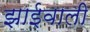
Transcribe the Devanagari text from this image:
झाईवाली